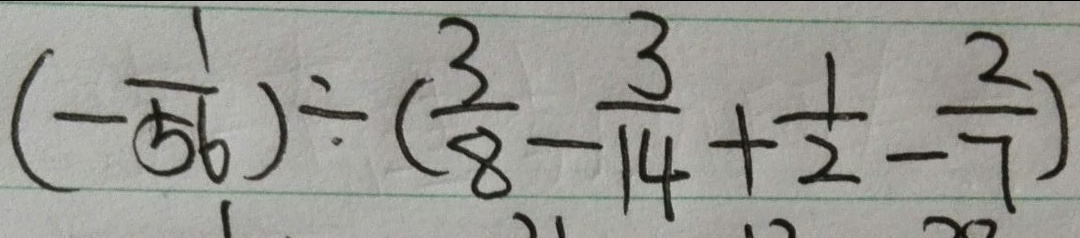
( - \frac { 1 } { 5 6 } ) \div ( \frac { 3 } { 8 } - \frac { 3 } { 1 4 } + \frac { 1 } { 2 } - \frac { 2 } { 7 } )